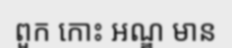
ពួក កោះ អណ្ឌ មាន